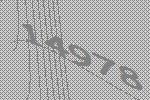
14978